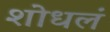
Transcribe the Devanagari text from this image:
शोधलं